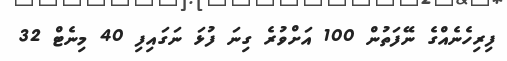
ފިރިހެނެއްގެ ނޭފަތުން 100 އަށްވުރެ ގިނަ ފުޅަ ނަގައިފި 40 މިނެޓް 32